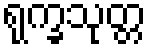
ရုက္ခသုတ္တ